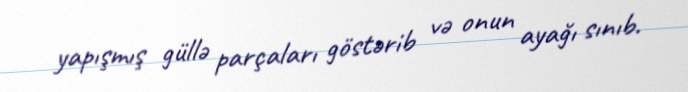
yapışmış güllə parçaları göstərib və onun ayağı sınıb.